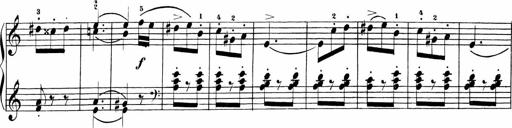
Title: Sonatinas
Composer: Andrew Violette